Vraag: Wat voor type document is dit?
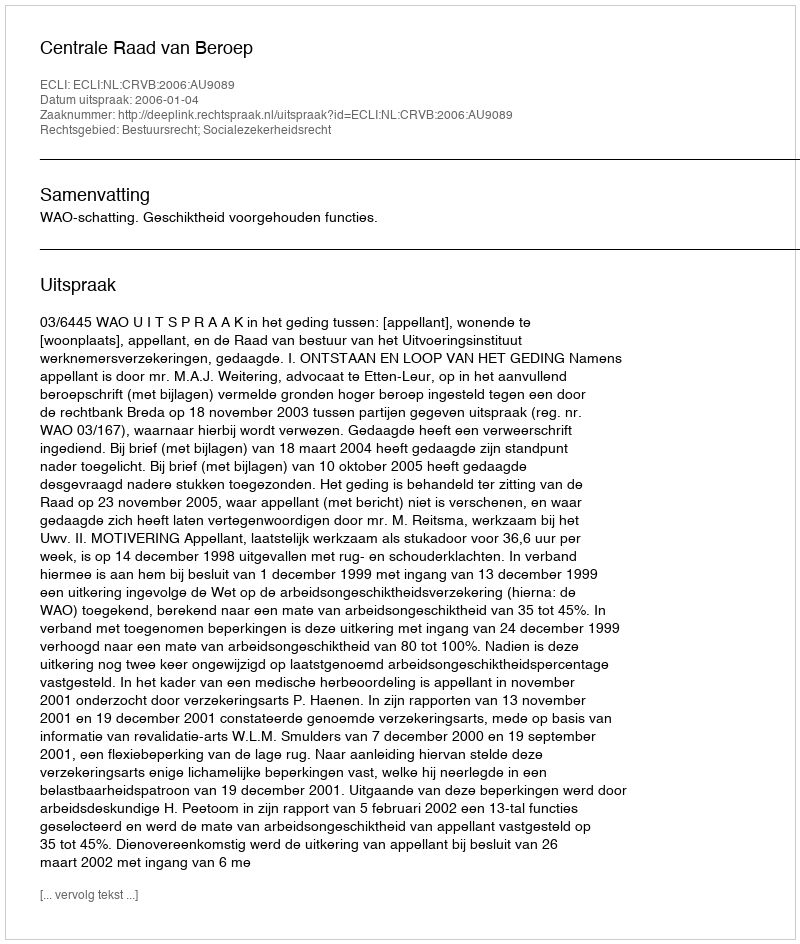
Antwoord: Uitspraak